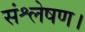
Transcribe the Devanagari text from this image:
संश्लेषण।